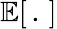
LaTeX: \mathbb{E}[\, .\, ]